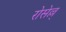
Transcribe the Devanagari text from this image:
रोसेल्ल्